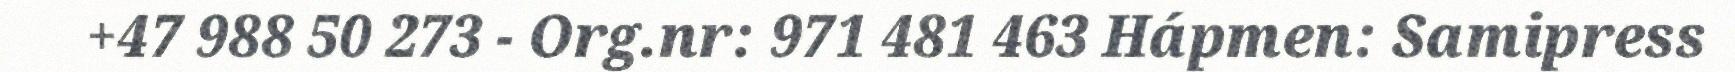
+47 988 50 273 - Org.nr: 971 481 463 Hápmen: Samipress